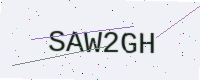
Text: SAW2GH